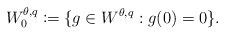
LaTeX: \begin{align*} W^{\theta,q}_0 \coloneqq \lbrace g\in W^{\theta,q}:g(0)=0 \rbrace.\end{align*}